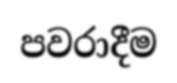
පවරාදීම